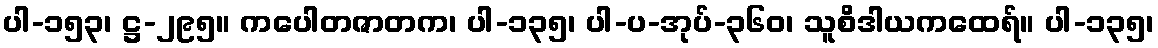
ပါ-၁၅၃၊ ဋ္ဌ-၂၉၅။ ကပေါတဇာတက၊ ပါ-၁၃၅၊ ပါ-ပ-အုပ်-၃၆၀၊ သူစိဒါယကထေရ်။ ပါ-၁၃၅၊